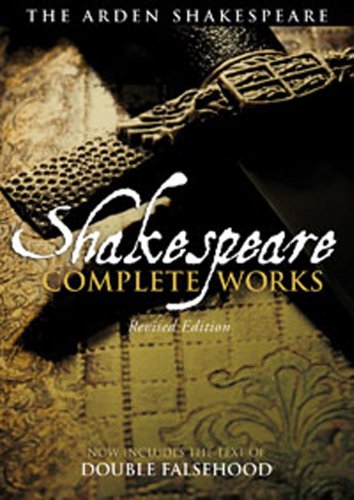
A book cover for The Arden Shakespeare Complete Works; William Shakespeare; Literature & Fiction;